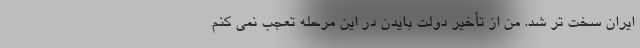
ایران سخت تر شد. من از تأخیر دولت بایدن در این مرحله تعجب نمی کنم